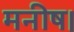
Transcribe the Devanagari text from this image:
मनीष।